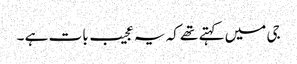
جی میں کہتے تھے کہ یہ عجیب بات ہے ۔